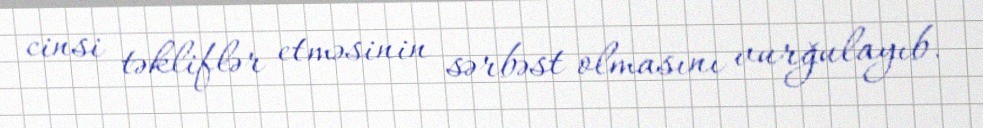
cinsi təkliflər etməsinin sərbəst olmasını vurğulayıb.